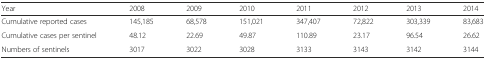
<table><thead><tr><td><b>Year</b></td><td><b>2008</b></td><td><b>2009</b></td><td><b>2010</b></td><td><b>2011</b></td><td><b>2012</b></td><td><b>2013</b></td><td><b>2014</b></td></tr></thead><tbody><tr><td>Cumulative reported cases</td><td>145,185</td><td>68,578</td><td>151,021</td><td>347,407</td><td>72,822</td><td>303,339</td><td>83,683</td></tr><tr><td>Cumulative cases per sentinel</td><td>48.12</td><td>22.69</td><td>49.87</td><td>110.89</td><td>23.17</td><td>96.54</td><td>26.62</td></tr><tr><td>Numbers of sentinels</td><td>3017</td><td>3022</td><td>3028</td><td>3133</td><td>3143</td><td>3142</td><td>3144</td></tr></tbody></table>